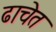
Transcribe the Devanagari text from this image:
ढाचेत